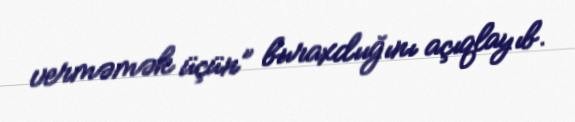
verməmək üçün” buraxdıığını açıqlayıb.